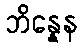
ဘိန္နေန